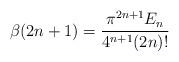
LaTeX: \begin{align*} \beta(2n+1)=\frac{\pi^{2n+1} E_{n}}{4^{n+1}(2n)!} \end{align*}